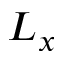
L _ { x }